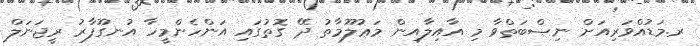
ރ.މަޑުއްވަރިއަށް ނިޞްބަތްވާ މި އާއިލާއިން މަޢުލޫމާތު ދޭ ގޮތުގައި އަންހެންމީހާ އުނގޫފާރު ރީޖަނަލް